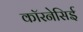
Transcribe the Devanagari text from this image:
कॉरनेसिई